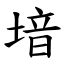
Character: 堷